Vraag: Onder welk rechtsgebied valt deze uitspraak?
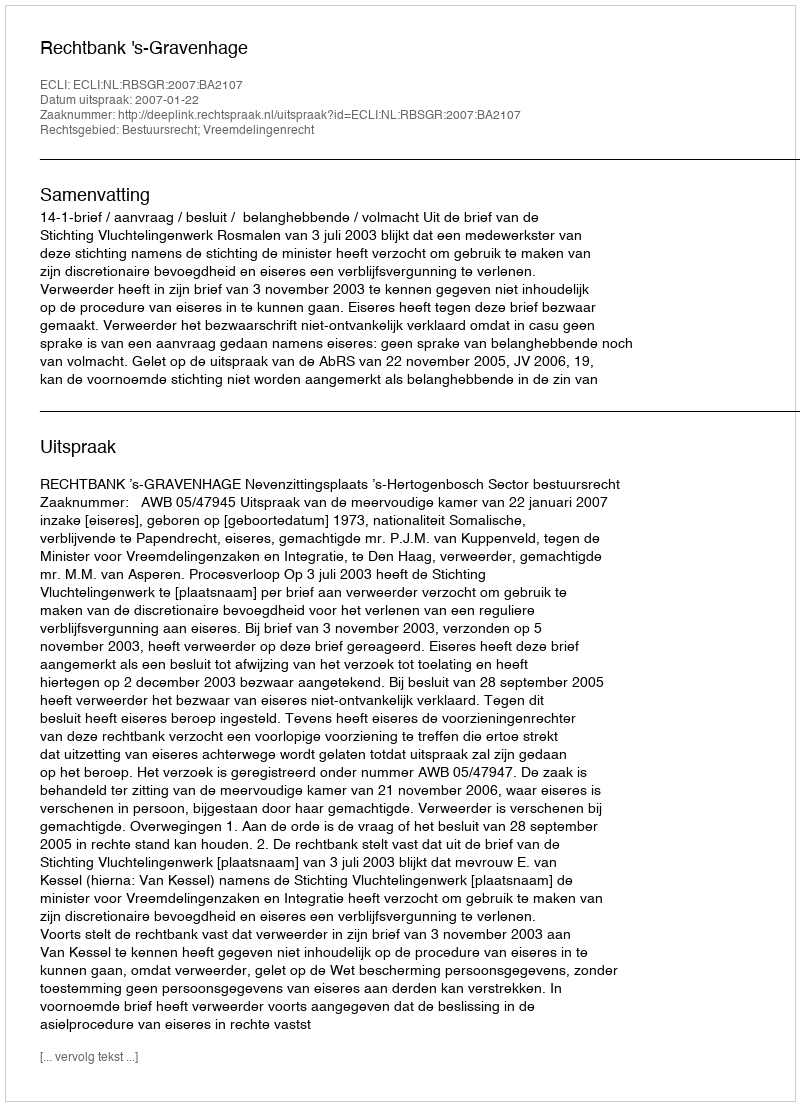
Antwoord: Bestuursrecht; Vreemdelingenrecht